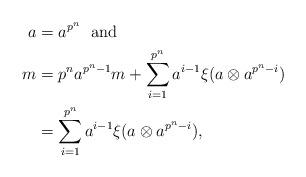
LaTeX: \begin{align*} a &= a^{p^n} \mbox{\ \ and} \\ m &= p^na^{p^n-1}m + \sum_{i=1}^{p^n} a^{i-1}\xi(a\otimes a^{p^n-i}) \\ &= \sum_{i=1}^{p^n} a^{i-1}\xi(a\otimes a^{p^n-i}),\end{align*}